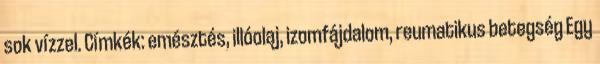
sok vízzel. Címkék: emésztés, illóolaj, izomfájdalom, reumatikus betegség Egy